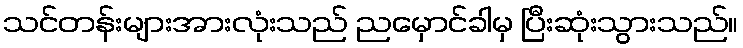
သင်တန်းများအားလုံးသည် ညမှောင်ခါမှ ပြီးဆုံးသွားသည်။